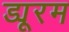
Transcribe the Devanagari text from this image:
ड्यूरम